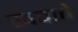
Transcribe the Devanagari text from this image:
खवावे